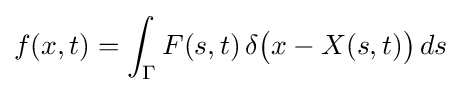
f(x,t)=\int _{\Gamma }F(s,t)\,\delta {\big (}x-X(s,t){\big )}\,ds